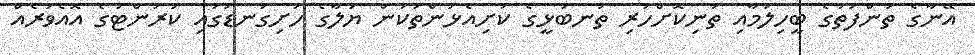
އޭނާގެ ތުންފަތުގެ ބީހިލުމާއި ތުނިކޮށްހުރި ތުނބުޅީގެ ކަށިއެޅުންތަކުން ޔަލާގެ ހަށިގަނޑުގައި ކަރަންޓުގެ އޮއެވަރެއް